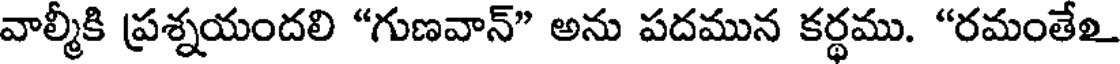
వాల్మీకి ప్రశ్నయందలి "గుణవాన్" అను పదమున కర్థము. "రమంతే